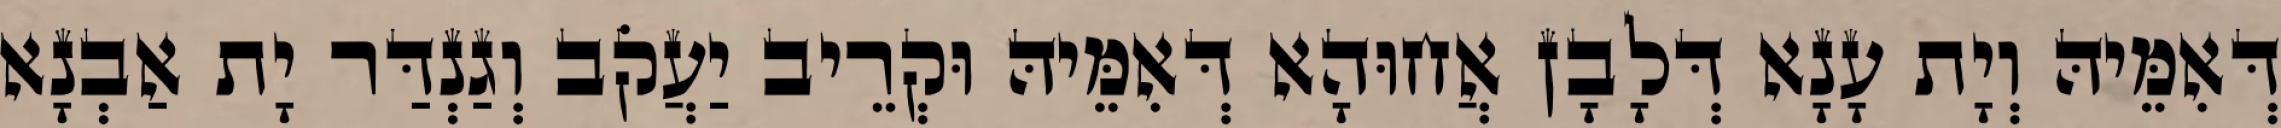
דְּאִמֵּיהּ וְיָת עָנָא דְּלָבָן אֲחוּהָא דְּאִמֵּיהּ וּקְרֵיב יַעֲקֹב וְגַנְדַּר יָת אַבְנָא